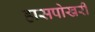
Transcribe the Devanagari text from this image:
हासपोखरी